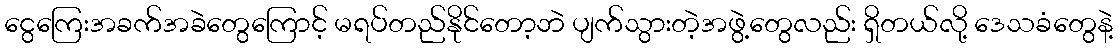
ငွေကြေးအခက်အခဲတွေကြောင့် မရပ်တည်နိုင်တော့ဘဲ ပျက်သွားတဲ့အဖွဲ့တွေလည်း ရှိတယ်လို့ ဒေသခံတွေနဲ့